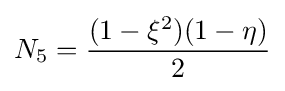
N_{5}={\frac {(1-\xi ^{2})(1-\eta )}{2}}